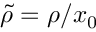
{ \tilde { \rho } } = \rho / x _ { 0 }